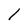
Character: I